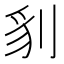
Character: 𭃤